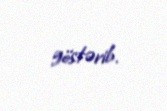
göstərib.